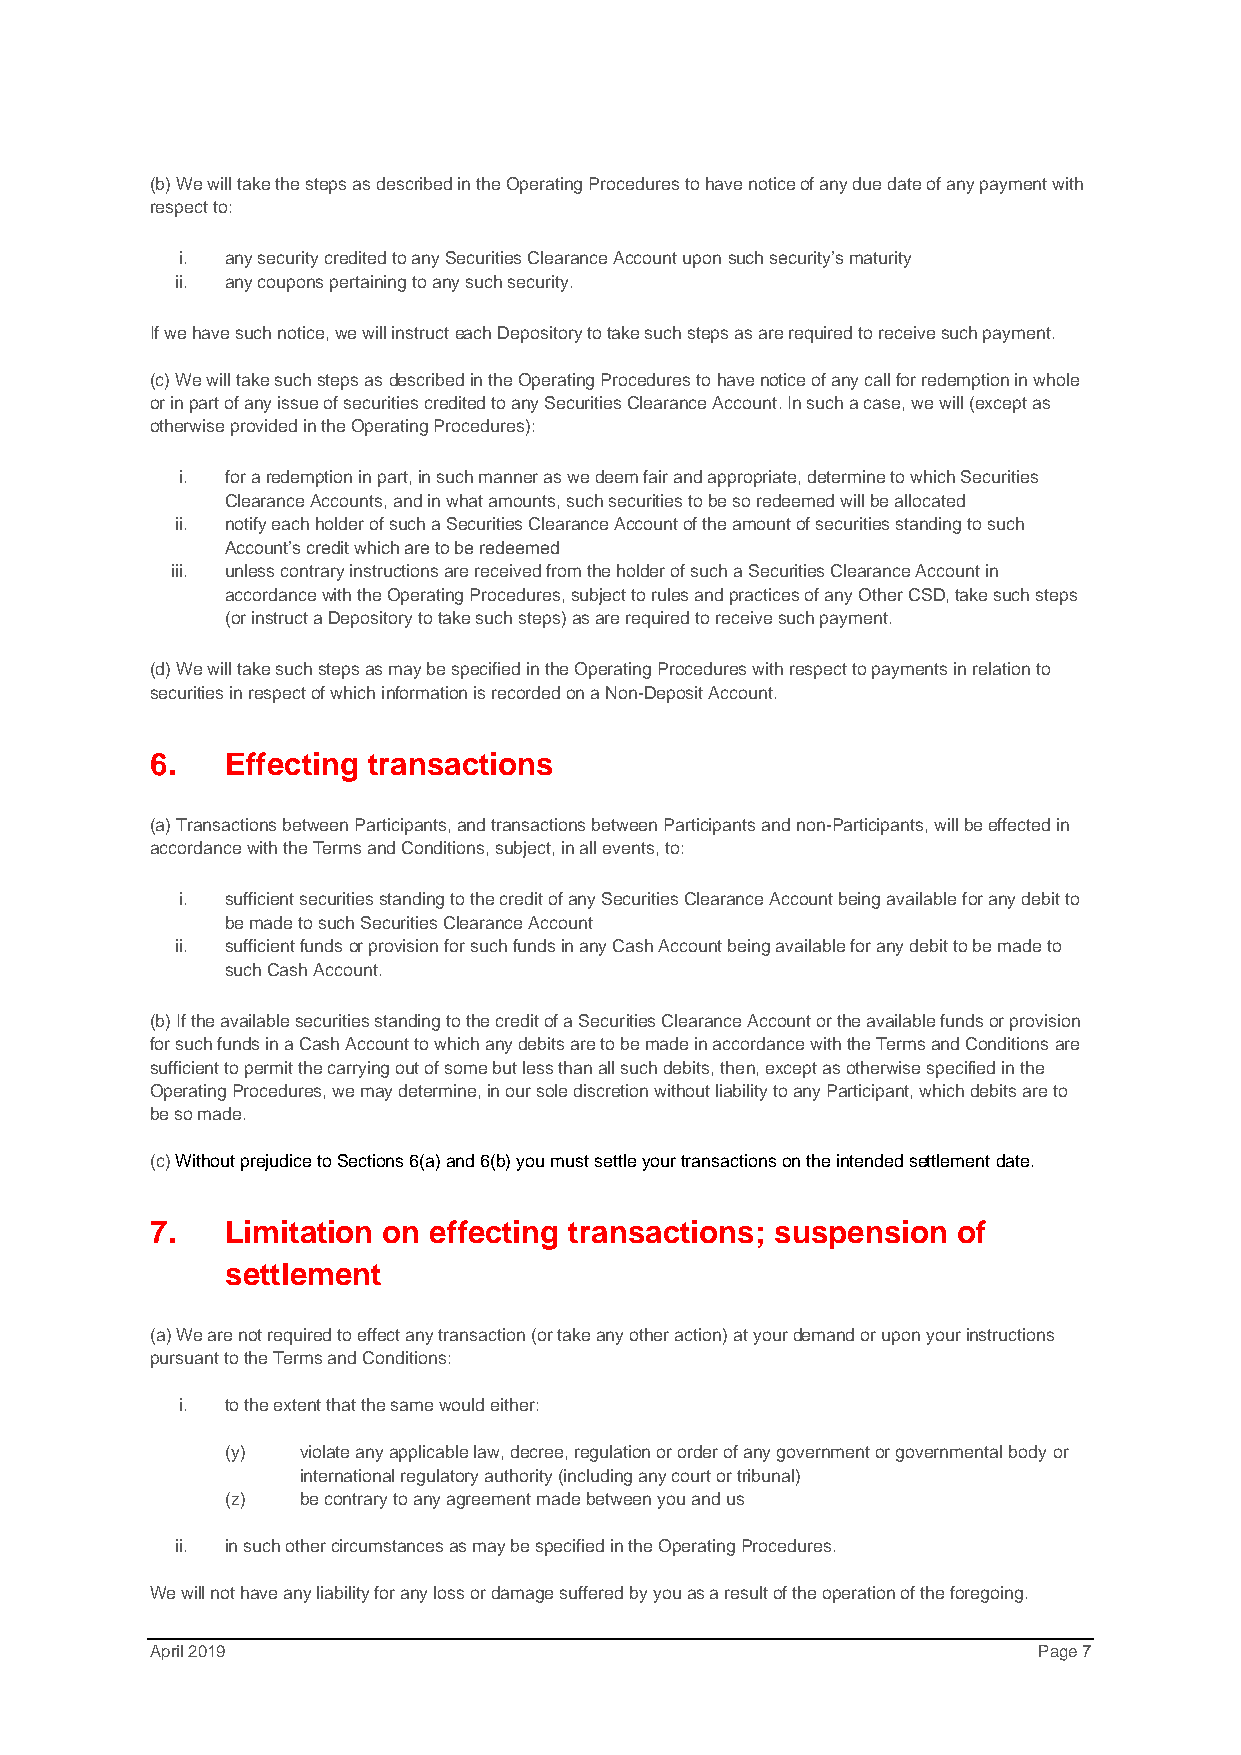
(b) We will take the steps as described in the Operating Procedures to have notice of any due date of any payment with
 respect to:
 i. any security credited to any Securities Clearance Account upon such security’s maturity
 ii. any coupons pertaining to any such security.
 If we have such notice, we will instruct each Depository to take such steps as are required to receive such payment.
 (c) We will take such steps as described in the Operating Procedures to have notice of any call for redemption in whole
 or in part of any issue of securities credited to any Securities Clearance Account. In such a case, we will (except as
 otherwise provided in the Operating Procedures):
 i. for a redemption in part, in such manner as we deem fair and appropriate, determine to which Securities
 Clearance Accounts, and in what amounts, such securities to be so redeemed will be allocated
 ii. notify each holder of such a Securities Clearance Account of the amount of securities standing to such
 Account’s credit which are to be redeemed
 iii. unless contrary instructions are received from the holder of such a Securities Clearance Account in
 accordance with the Operating Procedures, subject to rules and practices of any Other CSD, take such steps
 (or instruct a Depository to take such steps) as are required to receive such payment.
 (d) We will take such steps as may be specified in the Operating Procedures with respect to payments in relation to
 securities in respect of which information is recorded on a Non-Deposit Account.
 6.   Effecting transactions
 (a) Transactions between Participants, and transactions between Participants and non-Participants, will be effected in
 accordance with the Terms and Conditions, subject, in all events, to:
 i. sufficient securities standing to the credit of any Securities Clearance Account being available for any debit to
 be made to such Securities Clearance Account
 ii. sufficient funds or provision for such funds in any Cash Account being available for any debit to be made to
 such Cash Account.
 (b) If the available securities standing to the credit of a Securities Clearance Account or the available funds or provision
 for such funds in a Cash Account to which any debits are to be made in accordance with the Terms and Conditions are
 sufficient to permit the carrying out of some but less than all such debits, then, except as otherwise specified in the
 Operating Procedures, we may determine, in our sole discretion without liability to any Participant, which debits are to
 be so made.
 (c) Without prejudice to Sections 6(a) and 6(b) you must settle your transactions on the intended settlement date.
 7.   Limitation on effecting transactions; suspension of
 settlement
 (a) We are not required to effect any transaction (or take any other action) at your demand or upon your instructions
 pursuant to the Terms and Conditions:
 i. to the extent that the same would either:
 (y)  violate any applicable law, decree, regulation or order of any government or governmental body or
 international regulatory authority (including any court or tribunal)
 (z)  be contrary to any agreement made between you and us
 ii. in such other circumstances as may be specified in the Operating Procedures.
 We will not have any liability for any loss or damage suffered by you as a result of the operation of the foregoing.
 April 2019                                                 Page 7